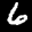
Digit: 6